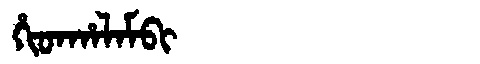
Manchu: ᡥᡳᡨᡥᠠᠯᠠᠮᠪᡳ
Romanization: HITHALAMBI